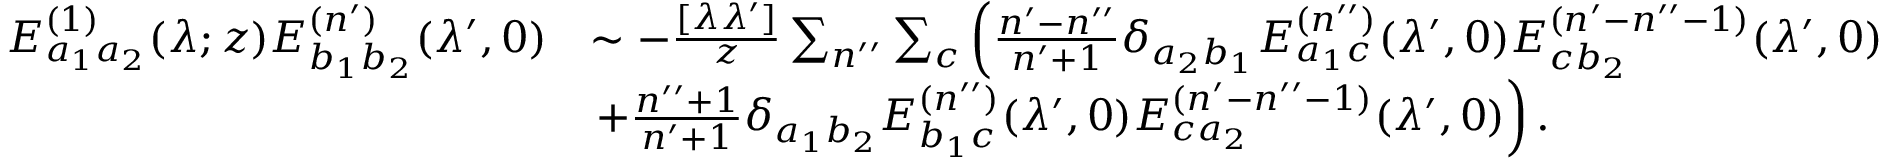
\begin{array} { r l } { E _ { a _ { 1 } a _ { 2 } } ^ { ( 1 ) } ( \lambda ; z ) E _ { b _ { 1 } b _ { 2 } } ^ { ( n ^ { \prime } ) } ( \lambda ^ { \prime } , 0 ) } & { \sim - \frac { [ \lambda \lambda ^ { \prime } ] } { z } \sum _ { n ^ { \prime \prime } } \sum _ { c } \left( \frac { n ^ { \prime } - n ^ { \prime \prime } } { n ^ { \prime } + 1 } \delta _ { a _ { 2 } b _ { 1 } } E _ { a _ { 1 } c } ^ { ( n ^ { \prime \prime } ) } ( \lambda ^ { \prime } , 0 ) E _ { c b _ { 2 } } ^ { ( n ^ { \prime } - n ^ { \prime \prime } - 1 ) } ( \lambda ^ { \prime } , 0 ) \right. } \\ & { \left. + \frac { n ^ { \prime \prime } + 1 } { n ^ { \prime } + 1 } \delta _ { a _ { 1 } b _ { 2 } } E _ { b _ { 1 } c } ^ { ( n ^ { \prime \prime } ) } ( \lambda ^ { \prime } , 0 ) E _ { c a _ { 2 } } ^ { ( n ^ { \prime } - n ^ { \prime \prime } - 1 ) } ( \lambda ^ { \prime } , 0 ) \right) . } \end{array}